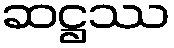
ဆဋ္ဌဿ